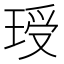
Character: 𮴣